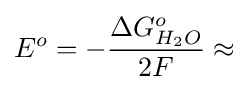
E^{o}=-{\frac {\Delta G_{H_{2}O}^{o}}{2F}}\approx